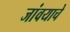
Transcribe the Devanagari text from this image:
जांवयाचे